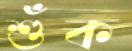
শুঁক